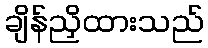
ချိန်ညှိထားသည်